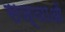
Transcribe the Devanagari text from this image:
सज्ञाओं